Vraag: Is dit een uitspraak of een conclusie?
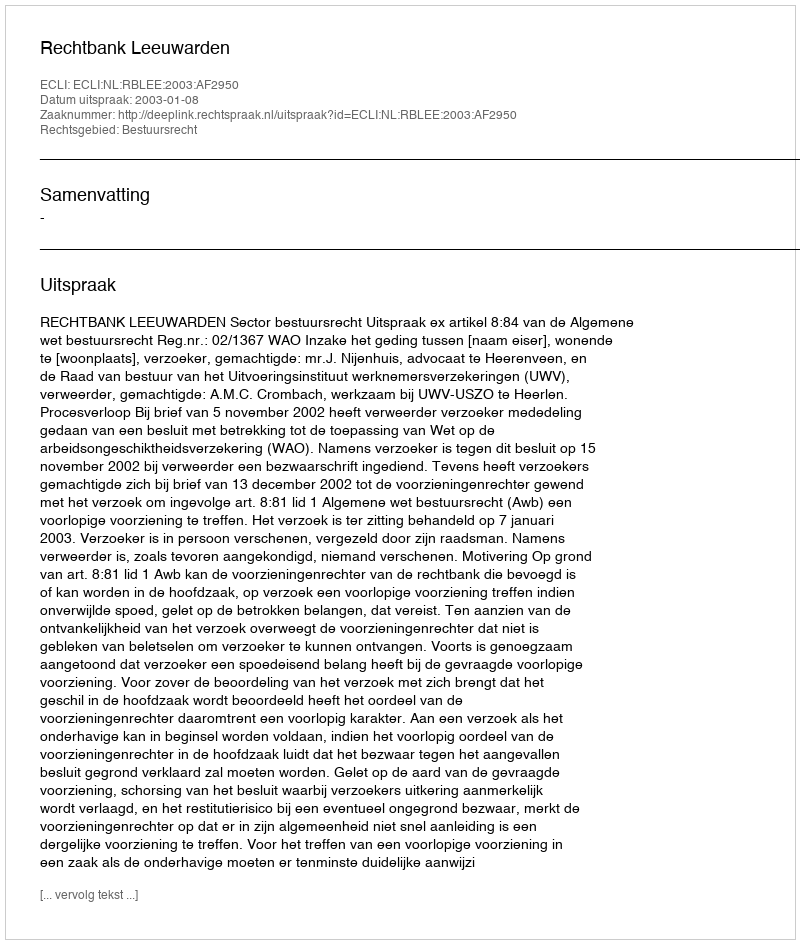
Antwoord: Uitspraak